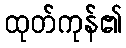
ထုတ်ကုန်၏